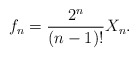
\begin{align*}f_n=\frac {2^n}{(n-1)!} X_n. \end{align*}